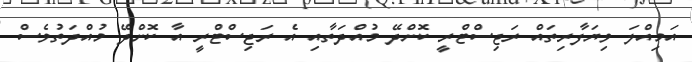
އަމިއްލަ ވިޔަފާރިތައް ރަޖިސްޓްރީ ކޮށްދޭ މުއްދަތާއި އެ ރަޖިސްޓްރީ އާ ކޮށްދޭ މުއްދަތުވެސް